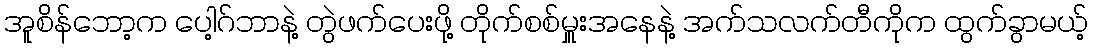
အူစိန်ဘော့က ပေါ့ဂ်ဘာနဲ့ တွဲဖက်ပေးဖို့ တိုက်စစ်မှူးအနေနဲ့ အက်သလက်တီကိုက ထွက်ခွာမယ့်